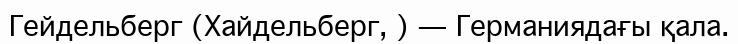
Гейдельберг (Хайдельберг, ) — Германиядағы қала.